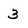
Character: 3